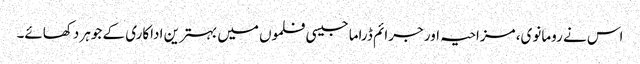
اس نے رومانوی، مزاحیہ اور جرائم ڈراما جیسی فلموں میں بہترین اداکاری کے جوہر دکھائے۔